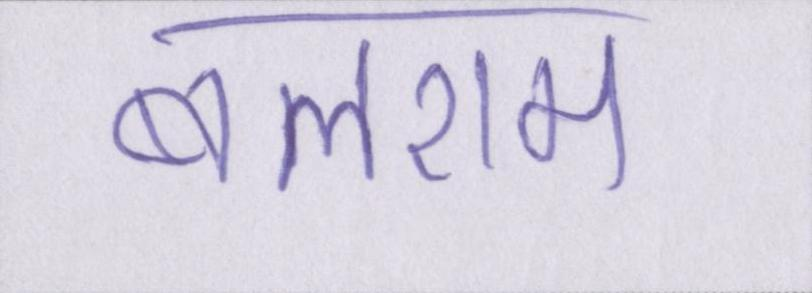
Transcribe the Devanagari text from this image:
बलराम